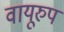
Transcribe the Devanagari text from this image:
वायूरुप